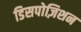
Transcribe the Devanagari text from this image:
डिसपोज़िशन